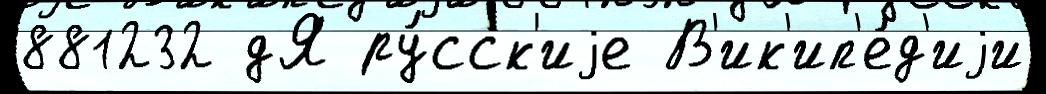
881232 дЯ ру́сск'иjе В'ик'ип'е́д'иjи